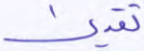
تقديرا